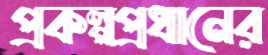
প্রকল্পপ্রধানের